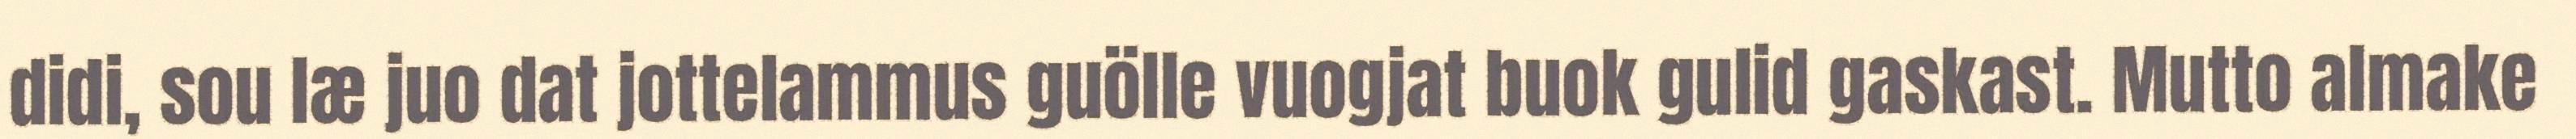
didi, sou læ juo dat jottelammus guölle vuogjat buok gulid gaskast. Mutto almake